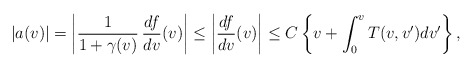
\begin{align*} |a(v)|=\left|\frac{1}{1+\gamma(v)}\,\frac{df}{dv}(v)\right|\leq \left|\frac{df}{dv}(v)\right|\leq C\left\{v+\int_0^vT(v,v')dv'\right\},\end{align*}